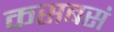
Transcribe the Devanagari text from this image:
कसबसं